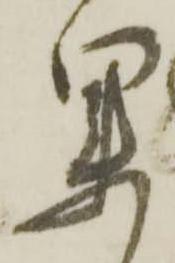
果